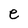
Character: e